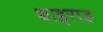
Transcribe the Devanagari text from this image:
थाइराड